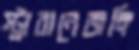
স্ট্রাবানেজঙ্গি